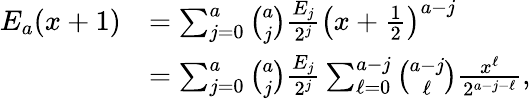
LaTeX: \begin{array}{rl}{E_{a}(x+1)}&{=\sum_{j=0}^{a}\binom{a}{j}\frac{E_{j}}{2^{j}}\left(x+\frac{1}{2}\right)^{a-j}}\\ &{=\sum_{j=0}^{a}\binom{a}{j}\frac{E_{j}}{2^{j}}\sum_{\ell=0}^{a-j}\binom{a-j}{\ell}\frac{x^{\ell}}{2^{a-j-\ell}},}\end{array}